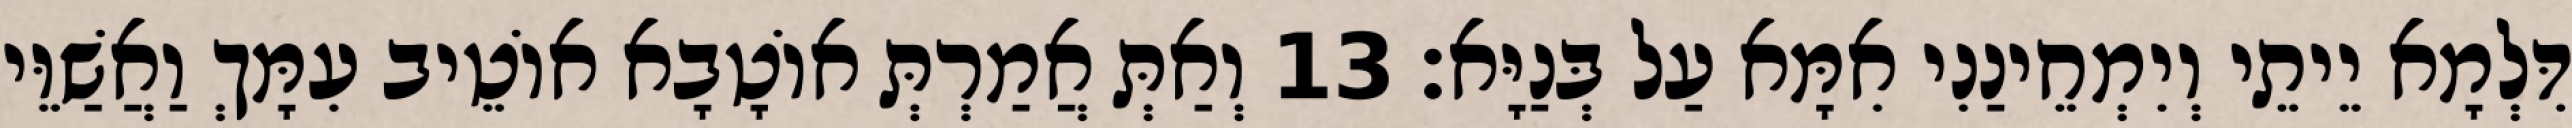
דִּלְמָא יֵיתֵי וְיִמְחֵינַנִי אִמָּא עַל בְּנַיָּא׃ 13 וְאַתְּ אֲמַרְתְּ אוֹטָבָא אוֹטֵיב עִמָּךְ וַאֲשַׁוֵּי